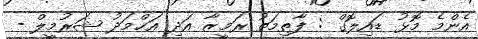
އެންމެ މޮޅު ޑައިލޮގް : ފާތިމަތު ރަމީޒާ އަދި އަޙްމަދު ޝަރުމީލް -